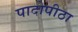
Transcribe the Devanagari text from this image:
पादोपीठा